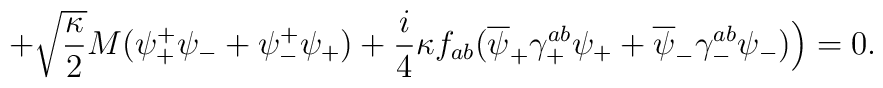
+\sqrt{\frac{\kappa}{2}}M(\psi_+^+\psi_- +\psi_-^+\psi_+)+\frac{i}{4}\kappa f_{ab}(\overline{\psi}_+ \gamma_+^{ab}\psi_+ +\overline{\psi}_-\gamma_-^{ab}\psi_-)\Big)=0.